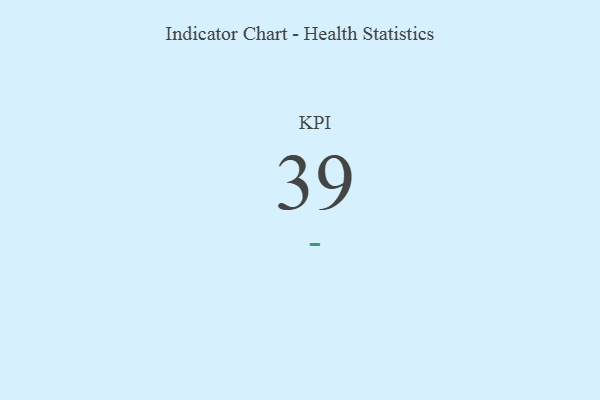
{"axis": {"x": "KPI", "y": "Value"}, "legend": [""], "data": [{"x": "KPI", "y": 39, "type": ""}]}